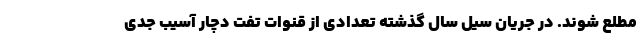
مطلع شوند. در جریان سیل سال گذشته تعدادی از قنوات تفت دچار آسیب جدی